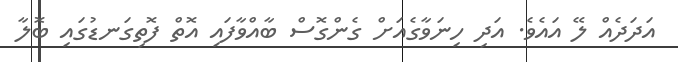
އަދަދެއް ލޭ އައެވެ. އަދި ހިނަވާގެއަށް ގެންގޮސް ބާއްވާފައި އޮތް ފޮތިގަނޑުގައި ބޮލާ